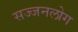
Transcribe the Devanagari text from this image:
सज्जनलोग